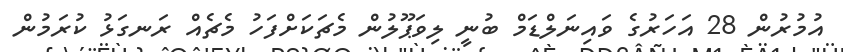
އުމުރުން 28 އަހަރުގެ ވައިނަލްޑަމް ބުނީ ލިވަޕޫލުން މެޗަކަށްފަހު މެޗެއް ރަނގަޅު ކުރަމުން